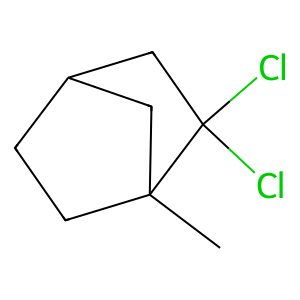
SMILES: CC12CCC(CC1(Cl)Cl)C2
Inhibits HIV replication: No